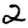
Digit: 2